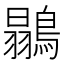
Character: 𪄚